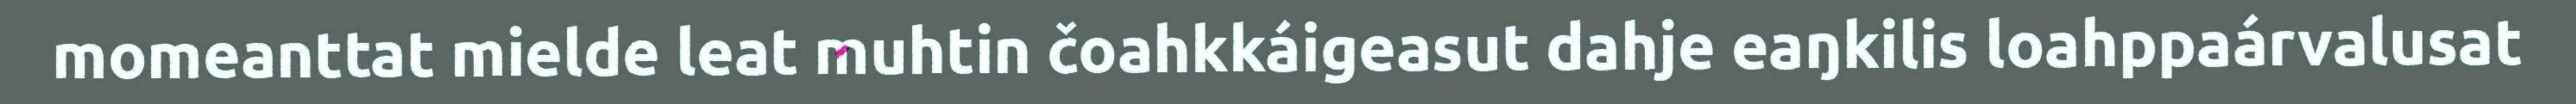
momeanttat mielde leat muhtin čoahkkáigeasut dahje eaŋkilis loahppaárvalusat